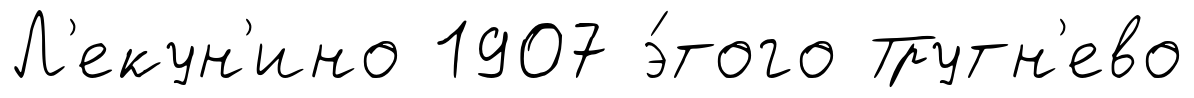
Л'екун'ино 1907 э́того Трутн'ево